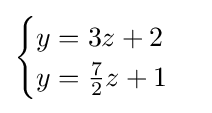
{\begin{cases}y=3z+2\\y={\tfrac {7}{2}}z+1\end{cases}}